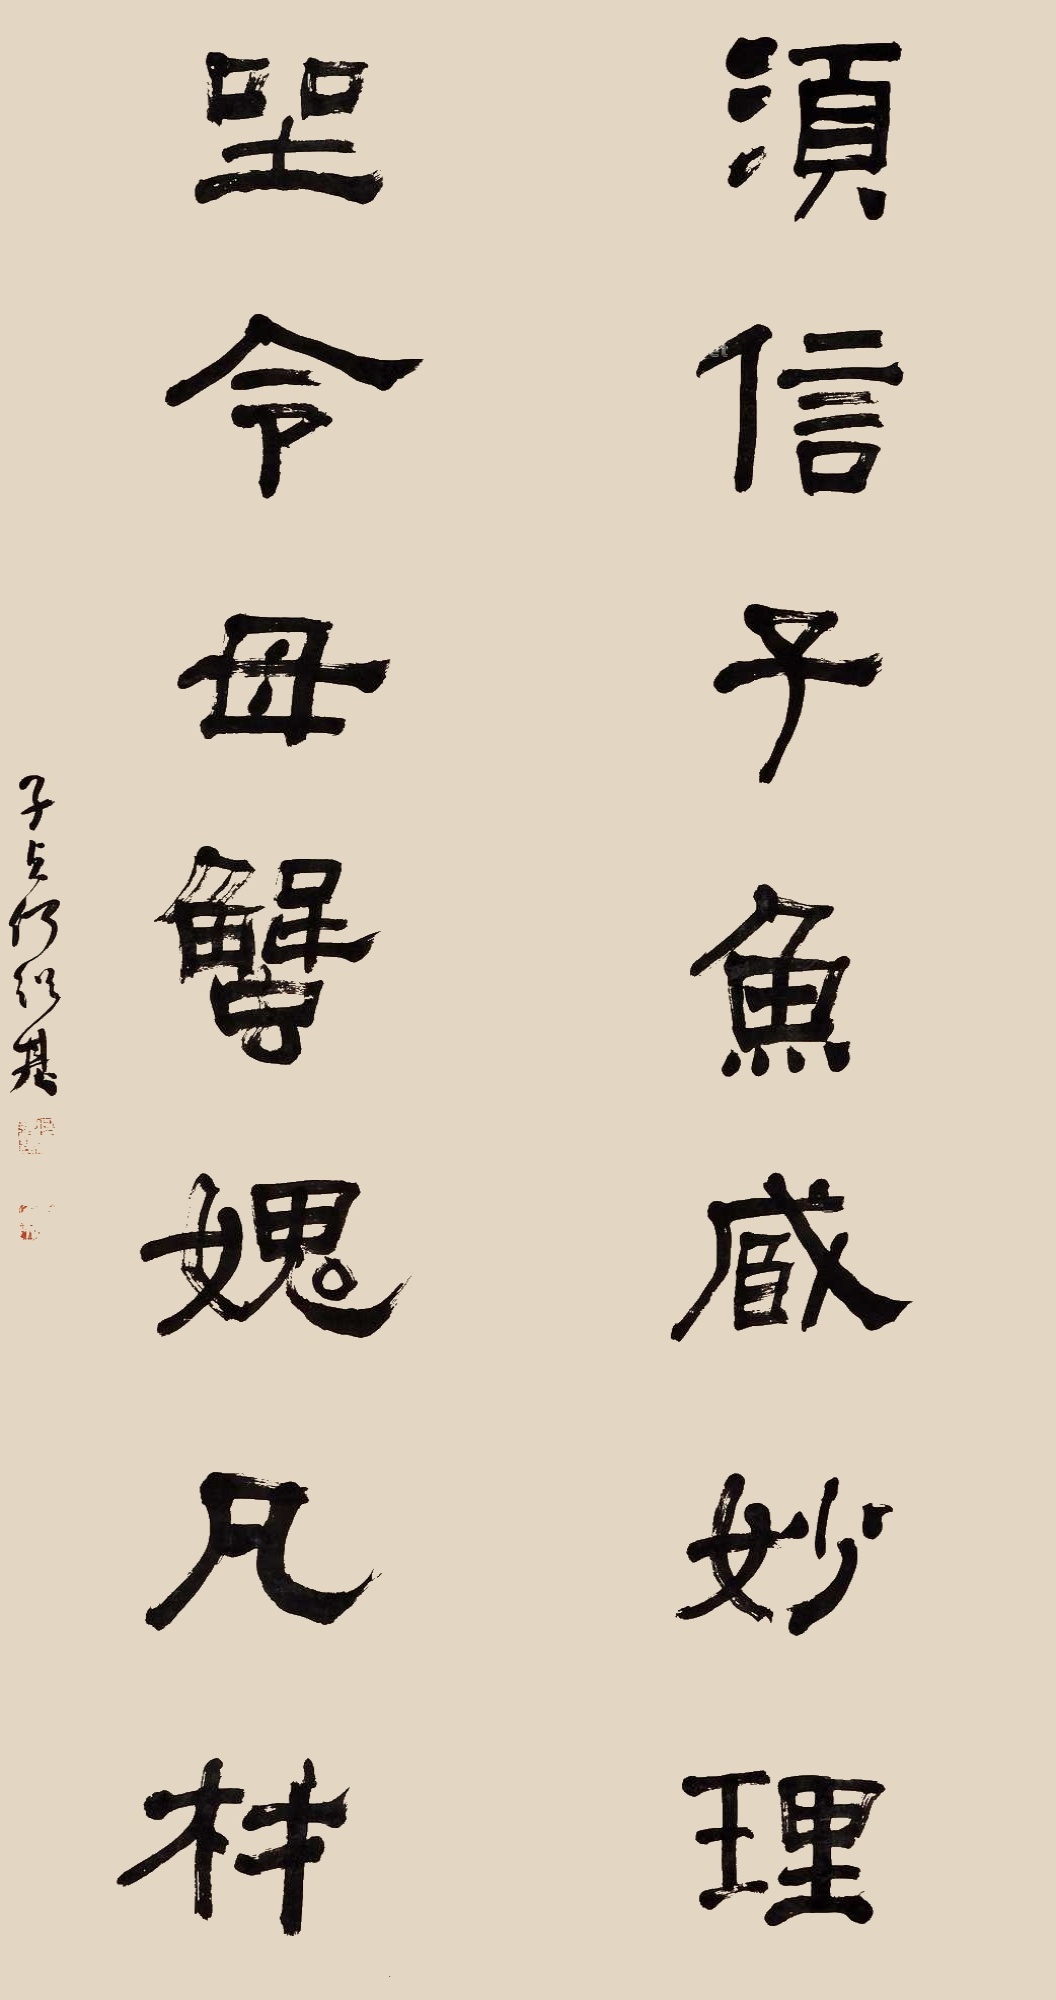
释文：须信子鱼臧妙理，坐令母蟹愧凡材。子贞何绍基。